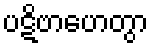
ပဋိဗာဟေတွာ